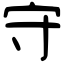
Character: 守